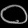
Digit: ၀